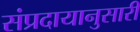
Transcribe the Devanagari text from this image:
संप्रदायानुसारी